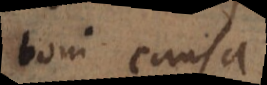
boni causa